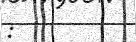
: